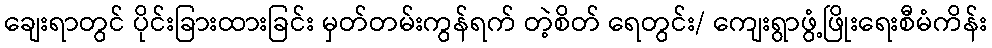
ချေးရာတွင် ပိုင်းခြားထားခြင်း မှတ်တမ်းကွန်ရက် တဲ့စိတ် ရေတွင်း/ ကျေးရွာဖွံ့ဖြိုးရေးစီမံကိန်း